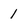
Character: 1